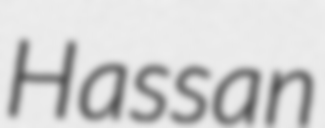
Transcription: Hassan